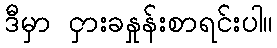
ဒီမှာ ငှားခနှုန်းစာရင်းပါ။